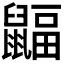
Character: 𪕲